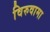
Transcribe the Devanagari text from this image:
विरुवामा